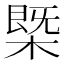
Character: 㮣